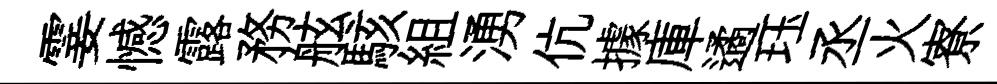
霎憾露務舷駭組湧伉據庫遹珏丞火寮